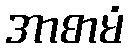
အာစာမံ